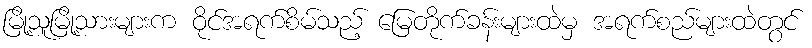
မြို့သူမြို့သားများက ဝိုင်အရက်စိမ်သည့် မြေတိုက်ခန်းများထဲမှ အရက်စည်များထဲတွင်